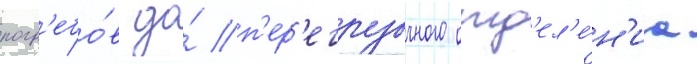
погр'ебо́в до́ п'ер'егрузочного отд'ел'е́н'иа